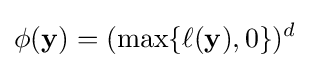
\phi (\mathbf {y} )=(\max\{\ell (\mathbf {y} ),0\})^{d}